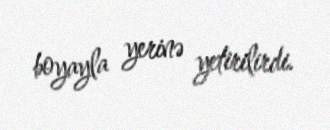
boyayla yerinə yetirilirdi.